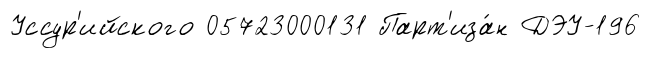
Уссур'ийского 05723000131 Парт'иза́н ДЭУ-196